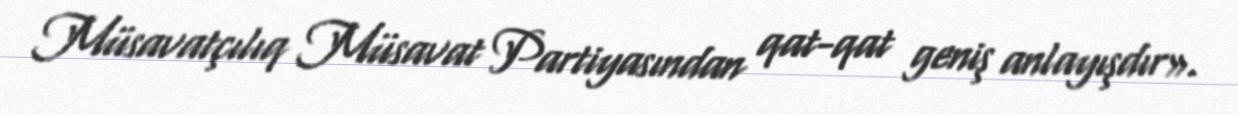
Müsavatçılıq Müsavat Partiyasından qat-qat geniş anlayışdır».